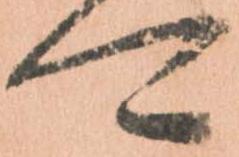
可